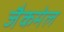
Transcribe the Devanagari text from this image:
जैकमेल